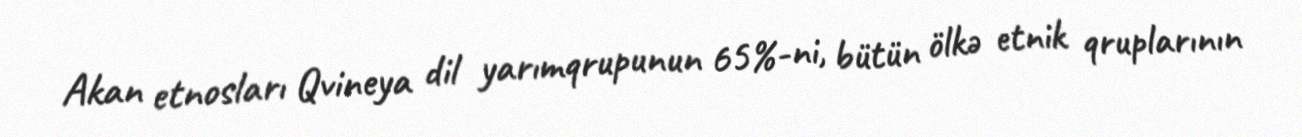
Akan etnosları Qvineya dil yarımqrupunun 65%-ni, bütün ölkə etnik qruplarının